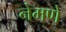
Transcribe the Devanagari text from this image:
नेमणे